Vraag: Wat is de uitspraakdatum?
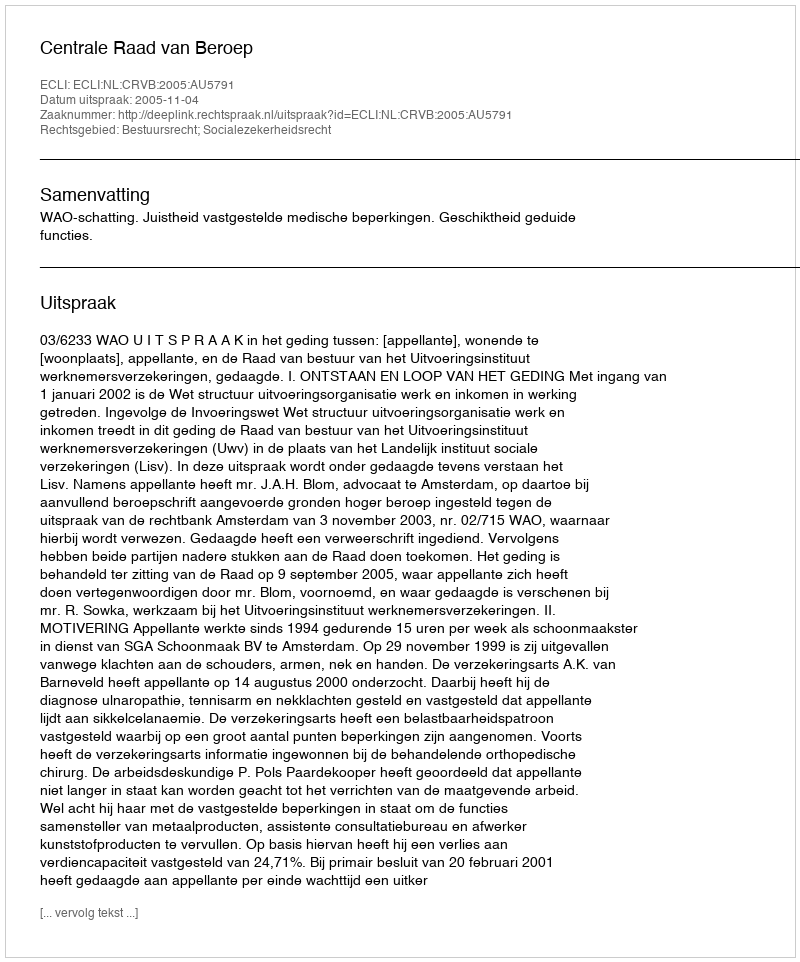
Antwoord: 2005-11-04